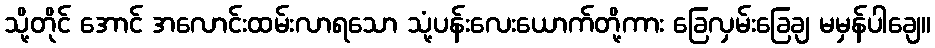
သို့တိုင် အောင် အလောင်းထမ်းလာရသော သုံ့ပန်းလေးယောက်တို့ကား ခြေလှမ်းခြေချ မမှန်ပါချေ။